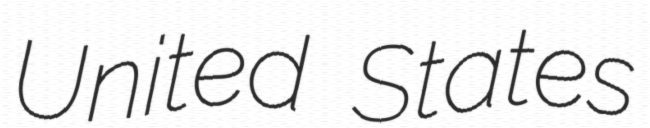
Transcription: United States